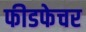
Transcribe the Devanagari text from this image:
फीडफेचर